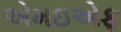
એમઇએફ